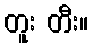
တူး တီး။